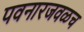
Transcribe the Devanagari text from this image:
पवनारजवळच